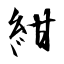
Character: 紺